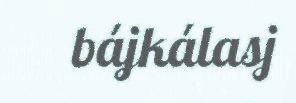
bájkálasj